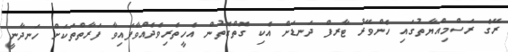
ރޭގެ ރަސްމިއްޔާތުގައި ހެންވޭރު ޓާރފް ދަނޑަށް އެކި ގޮތްގޮތުން އެހީތެރިވެދެއްވާފައިވާ ފަރާތްތަކަށް ހަނދާނީ